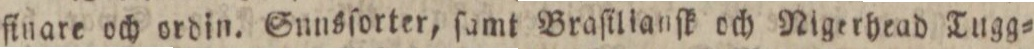
finare och ordin. Sunsſorter, ſamt Braſilianſk och Nigerhead Tugg=